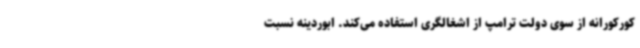
کورکورانه از سوی دولت ترامپ از اشغالگری استفاده می‌کند. ابوردینه نسبت